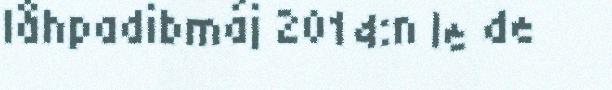
låhpadibmáj 2014:n le de